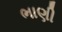
ભાણી